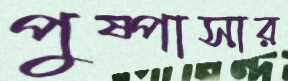
পুষ্পাসার